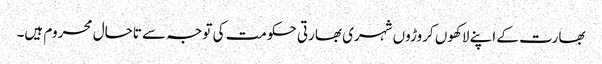
بھارت کے اپنے لاکھوں کروڑوں شہری بھارتی حکومت کی توجہ سے تاحال محروم ہیں۔